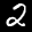
Label: 2